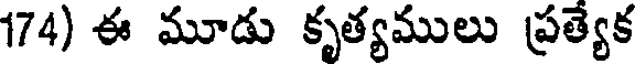
174) ఈ మూడు కృత్యములు ప్రత్యేక